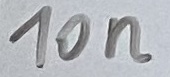
Text: 10n